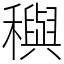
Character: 穥